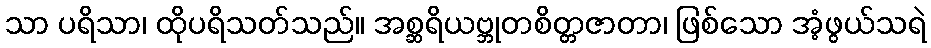
သာ ပရိသာ၊ ထိုပရိသတ်သည်။ အစ္ဆရိယဗ္ဘုတစိတ္တဇာတာ၊ ဖြစ်သော အံ့ဖွယ်သရဲ